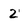
Character: 2